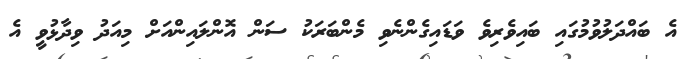
އެ ބައްދަލުވުމުގައި ބައިވެރިވެ ވަޑައިގެންނެވި މެންބަރަކު ސަން އޮންލައިންއަށް މިއަދު ވިދާޅުވީ އެ